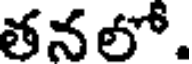
తనలో.